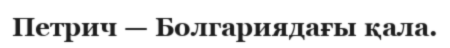
Петрич — Болгариядағы қала.